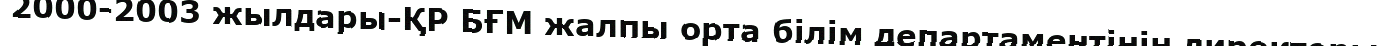
2000-2003 жылдары-ҚР БҒМ жалпы орта білім департаментінің директоры.